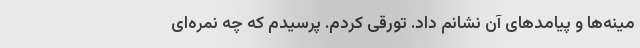
مینه‌ها و پیامدهای آن نشانم داد. تورقی کردم. پرسیدم که چه نمره‌ای